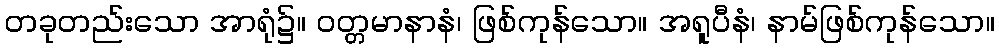
တခုတည်းသော အာရုံ၌။ ဝတ္တမာနာနံ၊ ဖြစ်ကုန်သော။ အရူပီနံ၊ နာမ်ဖြစ်ကုန်သော။